Civil Veterinary Department Bihar reports 1936-40 - 1936-1940
Year: 1936
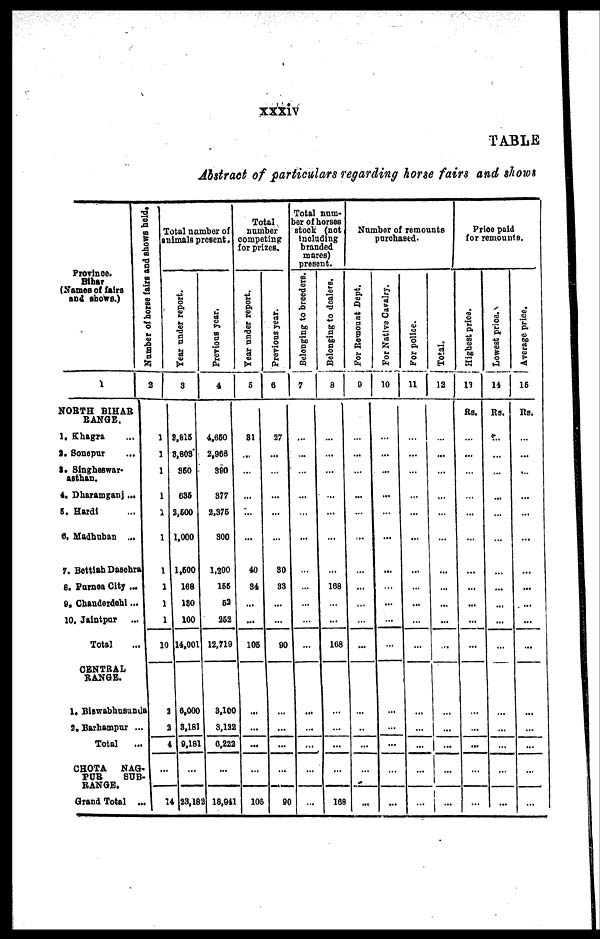
xxxiv
TABLE
Abstract of particulars regarding horse fairs and shows
Province.
Bihar
(Names of fairs
and shows.)
1
NORTH BIHAR
RANGE.
1. Khagra ...
2. Sonepur ...
3. Singheswar-
asthan.
4. Dharamganj...
5. Hardi ...
6. Madhuban ...
7. Bettiah Dasehra
8. Purnea City ...
9. Chanderdehi...
10. Jaintpur ...
Total ...
CENTRAL
RANGE.
1. Biswabhusunda
2. Barhampur ..
Total ...
CHOTA NAG-
PUR
SUB-
RANGE.
Grand Total ...
Number of horse fairs and shows held.
2
Total number of
animals present.
1
1
1
1
1
1
1
1
1
1
10
a
a
4
...
14
Year under report.
3
3,815
3,803
350
635
2,500
1,000
1,500
168
130
100
14,001
6,000
3,181
9,181
...
23,182
Previous year.
4
4,650
2,968
390
377
2,376
300
1,200
155
52
252
12,719
3,100
3,122
6,222
...
18,941
Total
number
competing
for prizes.
Year under report.
5
81
...
...
...
...
...
40
34
...
...
105
...
...
...
...
105
Previous year.
6
27
...
...
...
...
...
30
33
...
...
90
...
...
...
...
90
Total num-
ber of horses
stock (not
including
branded
mares)
present.
Belonging to breeders.
7
...
...
...
...
...
...
...
...
...
...
...
...
...
...
...
...
Belonging to dealers.
8
...
...
...
...
...
...
...
168
...
...
168
...
...
...
...
168
Number of remounts
purchased.
For Remount Dept.
9
...
...
...
...
...
...
...
...
...
...
...
...
..
...
...
...
For Native Cavalry.
10
...
...
...
...
...
...
...
...
....
...
....
...
...
...
...
...
For police.
11
...
...
...
...
...
...
...
...
...
..
...
...
...
..
...
...
Total.
12
...
...
...
...
...
...
...
...
...
...
...
...
...
...
...
...
Price paid
for remounts.
Highest price.
13
Rs.
...
...
...
...
...
...
...
...
...
...
...
...
...
...
...
...
Lowest price.
14
Rs.
...
...
...
...
...
...
...
...
...
...
...
...
...
...
...
...
Average price.
15
Rs.
...
...
...
...
...
...
...
...
...
...
...
...
...
...
...
...